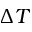
\Delta T